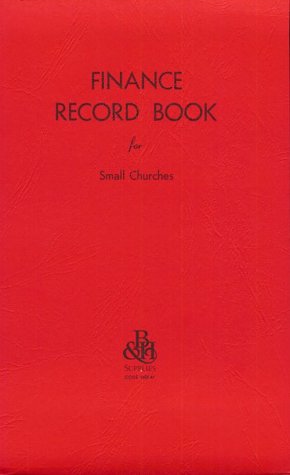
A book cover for Finance Record Book for Small Churches; Christian Books & Bibles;